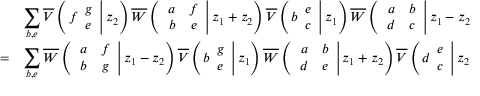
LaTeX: \begin{array} { c l } { { } } & { { \displaystyle \sum _ { b , e } \overline { { { V } } } \left( \left. f \begin{array} { c } { { g } } \\ { { e } } \end{array} \right| z _ { 2 } \right) \overline { { { W } } } \left( \left. \begin{array} { c c } { { a } } & { { f } } \\ { { b } } & { { e } } \end{array} \right| z _ { 1 } + z _ { 2 } \right) \overline { { { V } } } \left( \left. b \begin{array} { c } { { e } } \\ { { c } } \end{array} \right| z _ { 1 } \right) \overline { { { W } } } \left( \left. \begin{array} { c c } { { a } } & { { b } } \\ { { d } } & { { c } } \end{array} \right| z _ { 1 } - z _ { 2 } \right) } } \\ { { = } } & { { \displaystyle \sum _ { b , e } \overline { { { W } } } \left( \left. \begin{array} { c c } { { a } } & { { f } } \\ { { b } } & { { g } } \end{array} \right| z _ { 1 } - z _ { 2 } \right) \overline { { { V } } } \left( \left. b \begin{array} { c } { { g } } \\ { { e } } \end{array} \right| z _ { 1 } \right) \overline { { { W } } } \left( \left. \begin{array} { c c } { { a } } & { { b } } \\ { { d } } & { { e } } \end{array} \right| z _ { 1 } + z _ { 2 } \right) \overline { { { V } } } \left( \left. d \begin{array} { c } { { e } } \\ { { c } } \end{array} \right| z _ { 2 } \right) . } } \end{array}